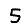
Digit: 5